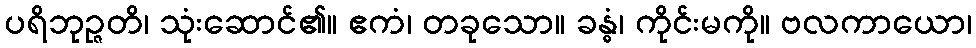
ပရိဘုဉ္ဇတိ၊ သုံးဆောင်၏။ ဧကံ၊ တခုသော။ ခန္ဓံ၊ ကိုင်းမကို။ ဗလကာယော၊